Lunatic asylums in Bengal annual reports 1912-1924 - 1912-1924
Year: 1912
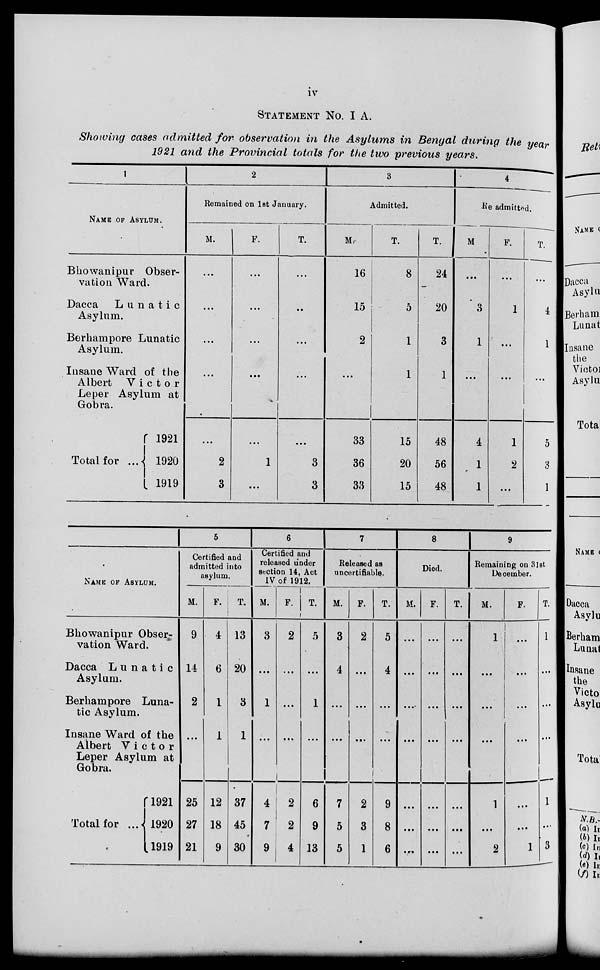
iv
STATEMENT No. I A.
Showing cases admitted for observation in the Asylums in Bengal during the year
1921 and the Provincial totals for the two previous years.
1
NAME OF ASYLUM.
Bhowanipur Obser-
vation Ward.
Dacca
Lunatic
Asylum.
Berhampore Lunatic
Asylum.
Insane Ward of the
Albert
Victor
Leper Asylum at
Gobra.
Total for ...
1921
1920
1919
2
Remained on 1st January.
M.
...
...
...
...
...
2
3
F.
...
...
...
...
...
1
...
T.
...
...
...
...
...
3
3
3
Admitted.
M.
16
15
2
...
33
36
33
F.
8
5
1
1
15
20
15
T.
24
20
3
1
48
56
48
4
Re-admitted.
M.
...
3
1
...
4
1
1
F.
...
1
...
...
1
2
...
T.
...
4
1
...
5
3
1
NAME OF ASYLUM.
Bhowanipur Obser-
vation Ward.
Dacca Lunatic
Asylum.
Berhampore Luna-
tic Asylum.
Insane Ward of the
Albert Victor
Leper Asylum at
Gobra.
Total for ...
1921
1920
1919
5
Certified and
Admitted into
asylum.
M.
9
14
2
...
25
27
21
F.
4
6
1
1
12
18
9
T.
13
20
3
1
37
45
30
6
Certified and
released under
section 14, Act
IV of 1912.
M.
3
...
1
...
4
7
9
F.
2
...
...
...
2
2
4
T.
0
...
1
...
6
9
13
7
Released as
uncertifiable.
M.
3
4
...
...
7
5
5
F.
2
...
...
...
2
3
1
T.
5
4
...
...
9
8
6
8
Died.
M.
...
...
...
...
...
...
...
F.
...
...
...
...
...
...
...
T.
...
...
...
...
...
...
...
9
Remaining on 31st
December.
M.
1
...
...
...
1
...
2
F.
...
...
...
...
...
...
1
T.
1
...
...
...
1
...
3